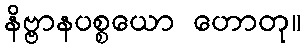
နိဗ္ဗာနပစ္စယော ဟောတု။